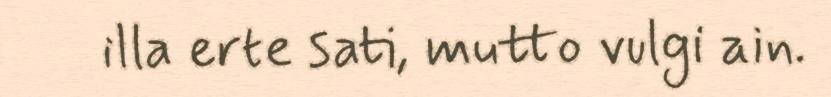
illa erte sati, mutto vulgi ain.